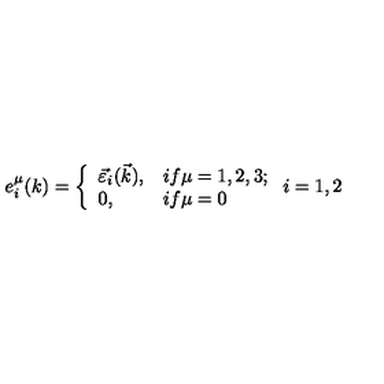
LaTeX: e _ { i } ^ { \mu } ( k ) = \left\{ \begin{array} { l l } { \vec { \varepsilon } _ { i } ( \vec { k } ) , } & { i f \mu = 1 , 2 , 3 ; } \\ { 0 , } & { i f \mu = 0 } \\ \end{array} \right. i = 1 , 2